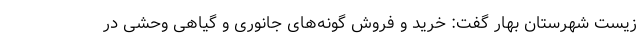
زیست شهرستان بهار گفت: خرید و فروش گونه‌های جانوری و گیاهی وحشی در